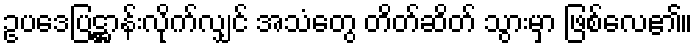
ဥပဒေပြဋ္ဌာန်းလိုက်လျှင် အသံတွေ တိတ်ဆိတ် သွားမှာ ဖြစ်လေ၏။